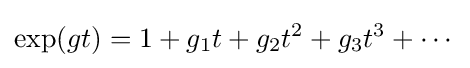
\exp(gt)=1+g_{1}t+g_{2}t^{2}+g_{3}t^{3}+\cdots